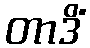
တာဒိံ